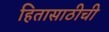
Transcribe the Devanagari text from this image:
हितासाठीची